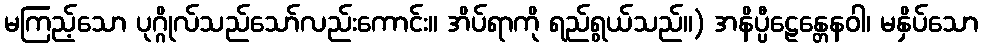
မကြည့်သော ပုဂ္ဂိုလ်သည်သော်လည်းကောင်း။ အိပ်ရာကို ရည်ရွယ်သည်။) အနိပ္ပီဠေန္တေနဝါ၊ မနှိပ်သော